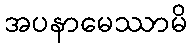
အပနာမေဿာမိ